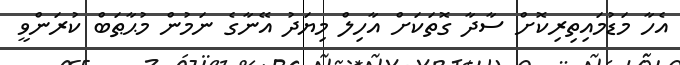
އެހާ މަޑުމައިތިރިކޮށް ސާދާ ގޮތަކަށް އާހިލް މިޔަދު އޭނާގެ ނަމުން މުޙާޠަބް ކުރަންވީ